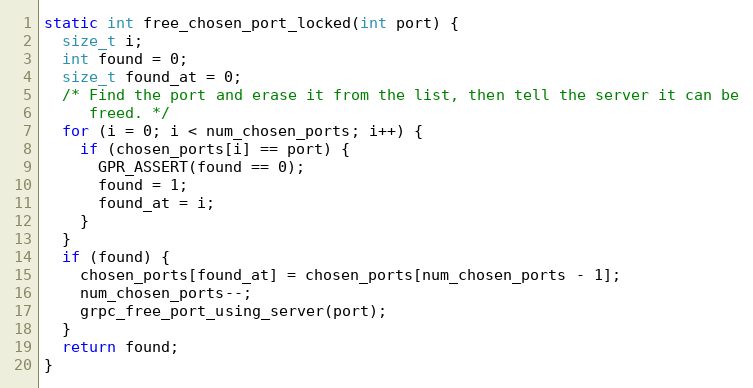
Language: C++
static int free_chosen_port_locked(int port) {
  size_t i;
  int found = 0;
  size_t found_at = 0;
  /* Find the port and erase it from the list, then tell the server it can be
     freed. */
  for (i = 0; i < num_chosen_ports; i++) {
    if (chosen_ports[i] == port) {
      GPR_ASSERT(found == 0);
      found = 1;
      found_at = i;
    }
  }
  if (found) {
    chosen_ports[found_at] = chosen_ports[num_chosen_ports - 1];
    num_chosen_ports--;
    grpc_free_port_using_server(port);
  }
  return found;
}